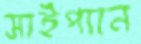
সাইপ্যান